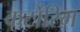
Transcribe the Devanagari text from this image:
कर्टोरिम